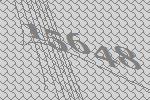
15648